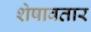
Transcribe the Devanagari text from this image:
शेषावतार